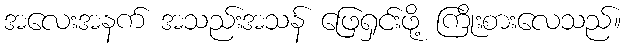
အလေးအနက် အသည်းအသန် ဖြေရှင်းဖို့ ကြိုးစားလေသည်။